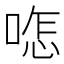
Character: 𠷿